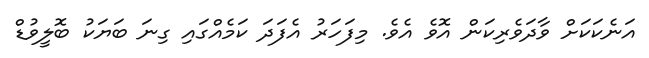
އަނެކަކަށް ވާދަވެރިކަން އޮވެ އެވެ. މިފަހަރު އެފަދަ ކަމެއްގައި ގިނަ ބަޔަކު ބޮލީވުޑް